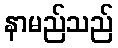
နာမည်သည်